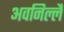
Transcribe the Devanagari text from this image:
अवनिल्लै